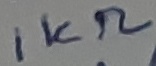
Text: 1KΩ